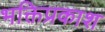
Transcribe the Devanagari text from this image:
भक्तिप्रकाश